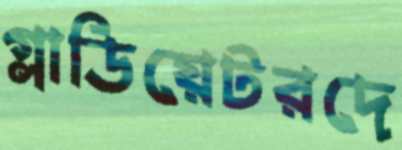
গ্লাডিয়েটরদে